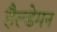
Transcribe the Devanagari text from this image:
हैल्डेमन